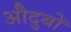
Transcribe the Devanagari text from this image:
औदुबों